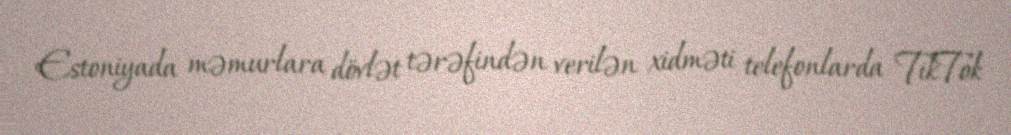
Estoniyada məmurlara dövlət tərəfindən verilən xidməti telefonlarda TikTok